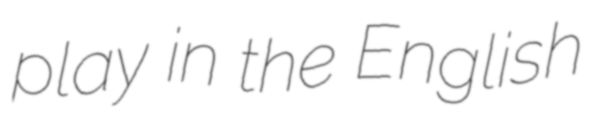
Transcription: play in the English